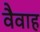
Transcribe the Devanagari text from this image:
वैवाह